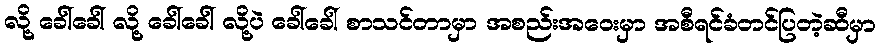
လို့ ခေါ်ခေါ် လို့ ခေါ်ခေါ် လို့ပဲ ခေါ်ခေါ် စာသင်တာမှာ အစည်းအဝေးမှာ အစီရင်ခံတင်ပြတဲ့ဆီမှာ